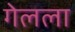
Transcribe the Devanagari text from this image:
गेलला